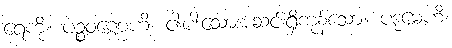
ရေကို။ ပဉ္စဝဏ္ဏေဟိ၊ ငါးပါးသောအဆင်းရှိကုန်သော။ ပဒုမေဟိ၊